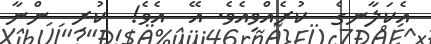
އެކަލާނގެ  ކުރެއްވިއެވެ. އޭ  އެވެ!  ކުރި  ންނާ